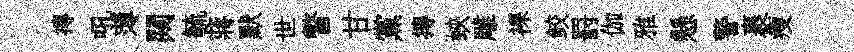
摶吼薄闚毓蔣默世瞥甘黨摶蛺雕裸鲛罸伽雅懸警裹瘦